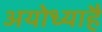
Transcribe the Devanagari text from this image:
अयोध्याहै